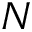
N